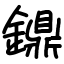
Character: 鐤